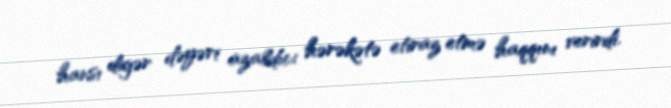
hansı digər dəyəri azaldıcı hərəkətə etiraz etmə haqqını verirdi.